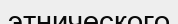
этнического